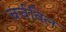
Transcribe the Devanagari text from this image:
चर्चविल